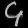
Digit: ၄